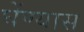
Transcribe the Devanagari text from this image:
घेंण्यास